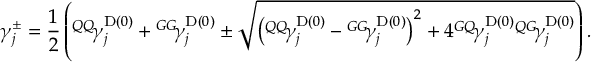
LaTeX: \gamma _ { j } ^ { \pm } = \frac { 1 } { 2 } \left( { ^ { Q Q } \! { \gamma } _ { j } ^ { \mathrm { D } ( 0 ) } } + { ^ { G G } \! { \gamma } _ { j } ^ { \mathrm { D } ( 0 ) } } \pm \sqrt { \left( { ^ { Q Q } \! { \gamma } _ { j } ^ { \mathrm { D } ( 0 ) } } - { ^ { G G } \! { \gamma } _ { j } ^ { \mathrm { D } ( 0 ) } } \right) ^ { 2 } + 4 { ^ { G Q } \! { \gamma } _ { j } ^ { \mathrm { D } ( 0 ) } } { ^ { Q G } \! { \gamma } _ { j } ^ { \mathrm { D } ( 0 ) } } } \right) .